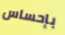
بإحساس